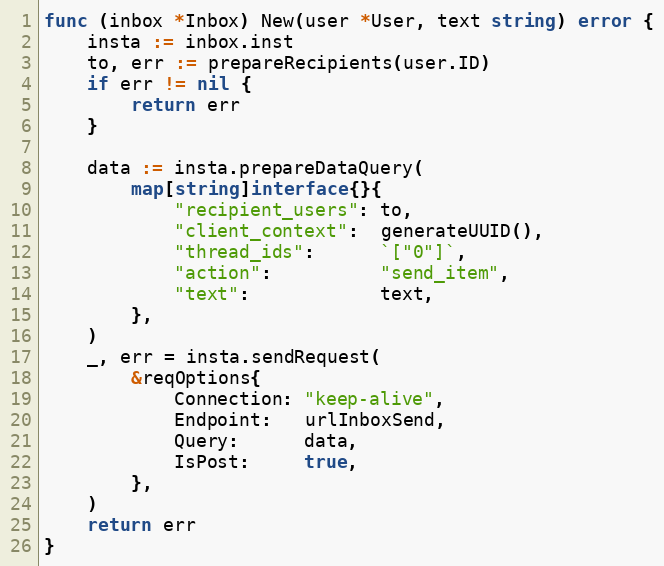
Language: Go
func (inbox *Inbox) New(user *User, text string) error {
	insta := inbox.inst
	to, err := prepareRecipients(user.ID)
	if err != nil {
		return err
	}

	data := insta.prepareDataQuery(
		map[string]interface{}{
			"recipient_users": to,
			"client_context":  generateUUID(),
			"thread_ids":      `["0"]`,
			"action":          "send_item",
			"text":            text,
		},
	)
	_, err = insta.sendRequest(
		&reqOptions{
			Connection: "keep-alive",
			Endpoint:   urlInboxSend,
			Query:      data,
			IsPost:     true,
		},
	)
	return err
}